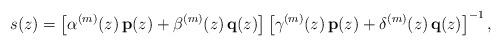
LaTeX: \begin{align*} s(z)= \left[\alpha^{(m)}(z)\,{\bf p}(z)+\beta^{(m)}(z)\,{\bf q}(z)\right] \left[\gamma^{(m)}(z)\,{\bf p}(z)+\delta^{(m)}(z)\,{\bf q}(z)\right]^{-1}, \end{align*}